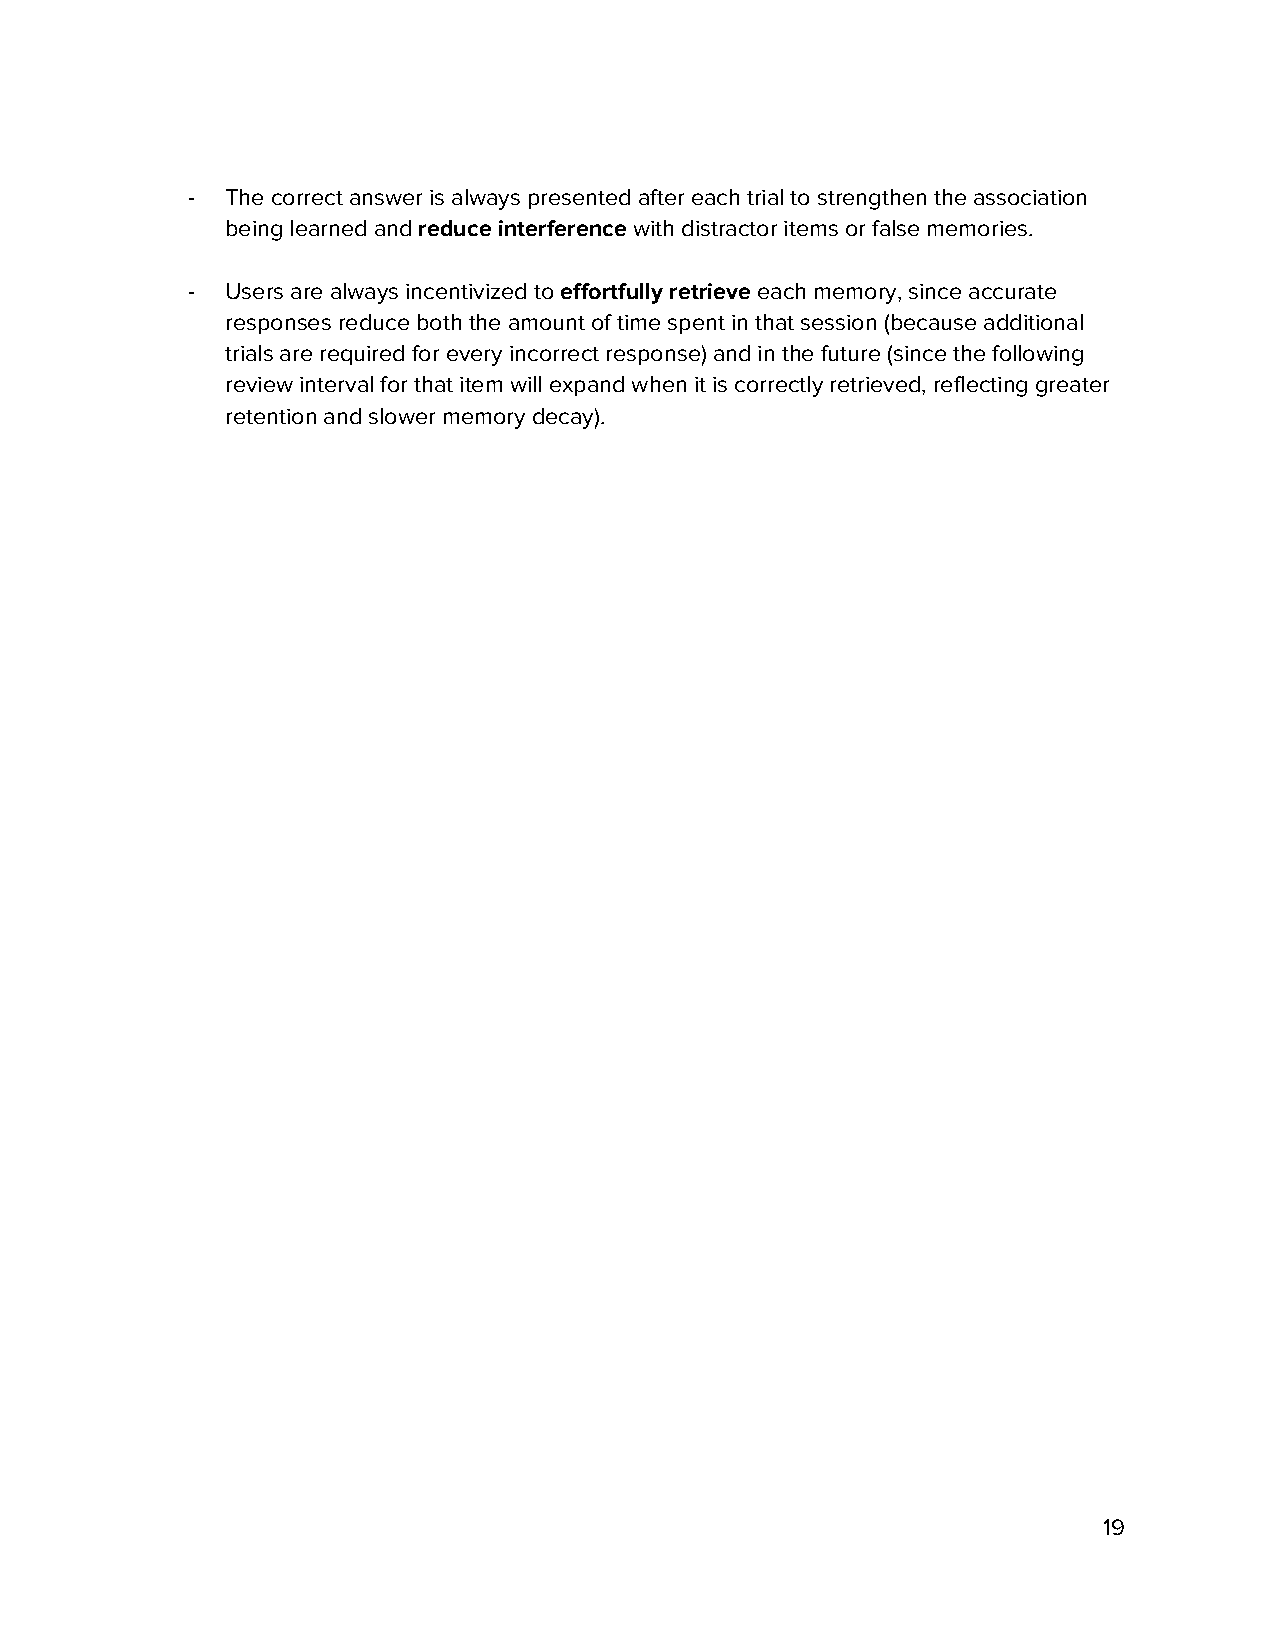
-  The correct answer is always presented after each trial to strengthen the association
 being learned and reduce interference with distractor items or false memories.
 ​            ​
 -  Users are always incentivized to effortfully retrieve each memory, since accurate
 ​            ​
 responses reduce both the amount of time spent in that session (because additional
 trials are required for every incorrect response) and in the future (since the following
 review interval for that item will expand when it is correctly retrieved, reflecting greater
 retention and slower memory decay).
 19